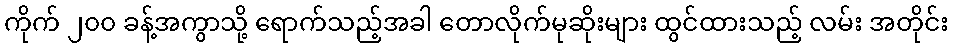
ကိုက် ၂၀၀ ခန့်အကွာသို့ ရောက်သည့်အခါ တောလိုက်မုဆိုးများ ထွင်ထားသည့် လမ်း အတိုင်း